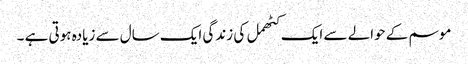
موسم کے حوالے سے ایک کٹھمل کی زندگی ایک سال سے زیادہ ہوتی ہے ۔